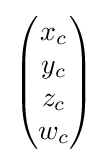
{\begin{pmatrix}x_{c}\\y_{c}\\z_{c}\\w_{c}\end{pmatrix}}